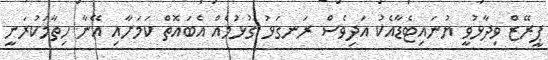
ޕީރޭޒް ވިދާޅުވީ ޔުނައިޓެޑާއެކު އަދިވެސް ރަނގަޅު ގުޅުމެއް އެބައޮތް ކަމަށާއި އޭނާ ހިތާމަކުރަނީ